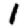
Digit: 1